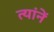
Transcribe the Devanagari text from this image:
त्यांनें